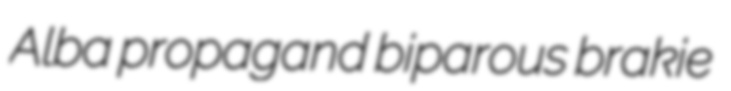
Alba propagand biparous brakie